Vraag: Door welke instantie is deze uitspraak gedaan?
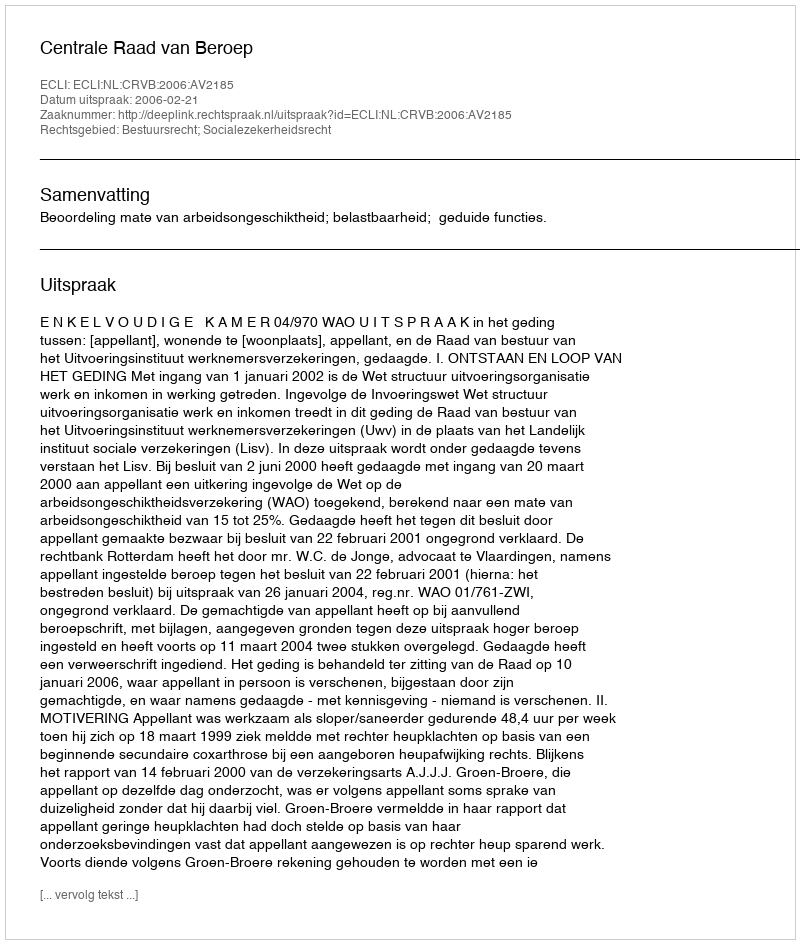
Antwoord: Centrale Raad van Beroep